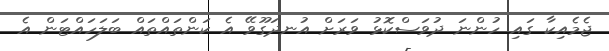
ޖެމެއިކާ ގައި ހުންނަ ދުވަސްކޮޅު ވަރަށް އުނދަގޫވޭ އެ ކަންތައްތައް ބަލަހައްޓަން އެ